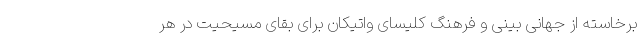
برخاسته از جهانی بینی و فرهنگ کلیسای واتیکان برای بقای مسیحیت در هر